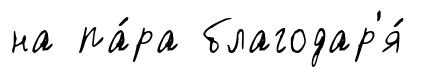
на па́ра благодар'я́